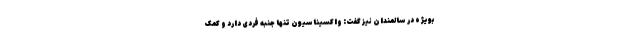
بویژه در سالمندان نیز گفت: واکسیناسیون تنها جنبه فردی دارد و کمک